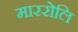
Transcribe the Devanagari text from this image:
माररोलि